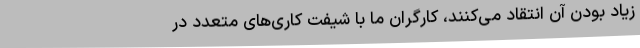
زیاد بودن آن انتقاد می‌کنند، کارگران ما با شیفت‌ کاری‌های متعدد در